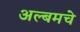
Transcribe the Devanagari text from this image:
अल्बमचे